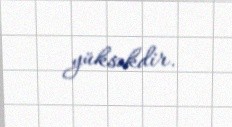
yüksəkdir.